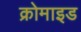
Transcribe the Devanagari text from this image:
क्रोमाइड